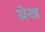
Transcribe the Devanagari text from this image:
ग्रेख